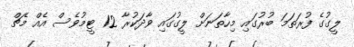
ލީގުގެ ފުރަތަމަ ބުރުގައި މިހާތަނަށް ލީގުގައި ވާދަކުރާ 12 ޓީމުވެސް އެއް މެޗް